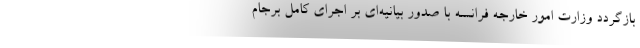
بازگردد وزارت امور خارجه فرانسه با صدور بیانیه‌ای بر اجرای کامل برجام